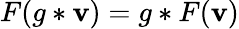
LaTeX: F(g*\mathbf{v})=g*F(\mathbf{v})